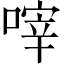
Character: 𠹼